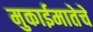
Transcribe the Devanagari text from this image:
मुकाईमातेचे